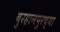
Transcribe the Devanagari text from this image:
बुरहानपुरच्या